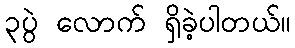
၃ပွဲ လောက် ရှိခဲ့ပါတယ်။